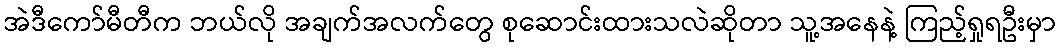
အဲဒီကော်မီတီက ဘယ်လို အချက်အလက်တွေ စုဆောင်းထားသလဲဆိုတာ သူ့အနေနဲ့ ကြည့်ရှုရဦးမှာ